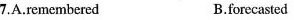
7.A.Remembered B.forecasted